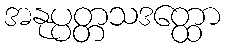
အနုပ္ပတ္တသဒတ္ထော